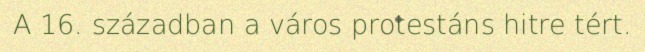
A 16. században a város protestáns hitre tért.